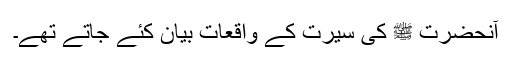
آنحضرت ﷺ کی سیرت کے واقعات بیان کئے جاتے تھے۔